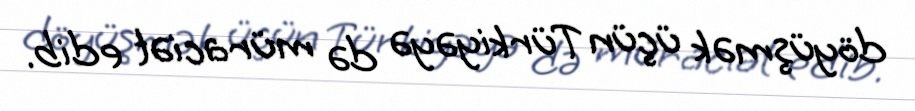
döyüşmək üçün Türkiyəyə də müraciət edib.